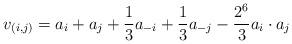
LaTeX: \begin{align*}v_{(i,j)} = a_i + a_j + \frac{1}{3}a_{-i} + \frac{1}{3}a_{-j} - \frac{2^6}{3}a_i \cdot a_j\end{align*}